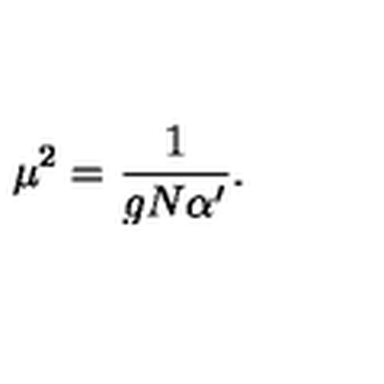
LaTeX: \mu ^ { 2 } = { \frac { 1 } { g N \alpha ^ { \prime } } } .